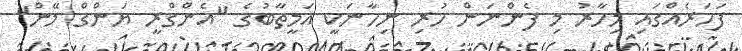
ފަހަރެއްގައި މިހާރު މި ފެންނަން ހުރި ނިހާނަކީ އަމީތާބުގެ "އެންގްރީ ޔަންގް މޭން"